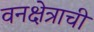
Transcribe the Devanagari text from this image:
वनक्षेत्राची